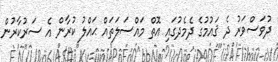
ދުވަސްވަރު ދެ ޤައުމުގެ ދެމެދުގައި އޮތް މައްސަލަތައް ޙައްލު ކުރާން އެ ސަރުކާރުން